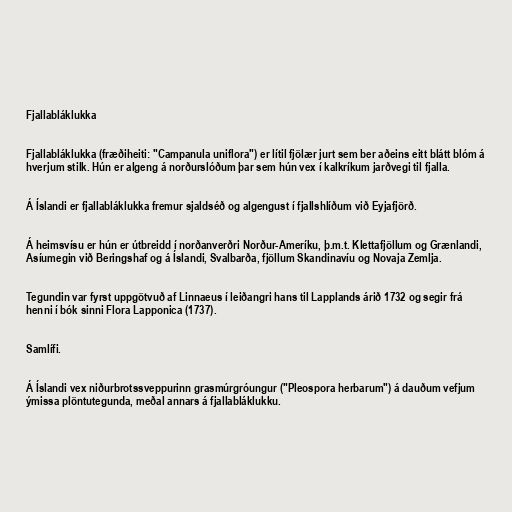
Fjallabláklukka

Fjallabláklukka (fræðiheiti: "Campanula uniflora") er lítil fjölær jurt sem ber aðeins eitt blátt blóm á
hverjum stilk. Hún er algeng á norðurslóðum þar sem hún vex í kalkríkum jarðvegi til fjalla.

Á Íslandi er fjallabláklukka fremur sjaldséð og algengust í fjallshlíðum við Eyjafjörð.

Á heimsvísu er hún er útbreidd í norðanverðri Norður-Ameríku, þ.m.t. Klettafjöllum og Grænlandi,
Asíumegin við Beringshaf og á Íslandi, Svalbarða, fjöllum Skandinavíu og Novaja Zemlja.

Tegundin var fyrst uppgötvuð af Linnaeus í leiðangri hans til Lapplands árið 1732 og segir frá
henni í bók sinni Flora Lapponica (1737).

Samlífi.

Á Íslandi vex niðurbrotssveppurinn grasmúrgróungur ("Pleospora herbarum") á dauðum vefjum
ýmissa plöntutegunda, meðal annars á fjallabláklukku.